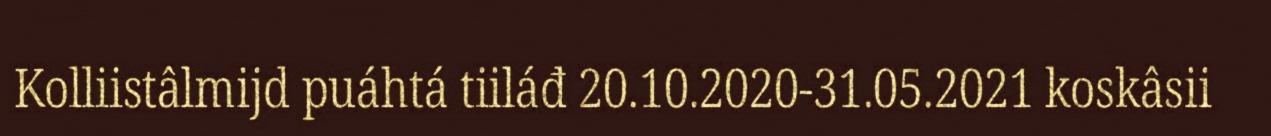
Kolliistâlmijd puáhtá tiiláđ 20.10.2020-31.05.2021 koskâsii